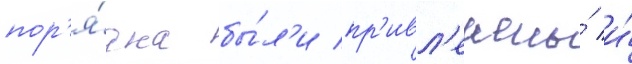
пор'я́дка бы́л'и пр'ивл'ечены́ и́